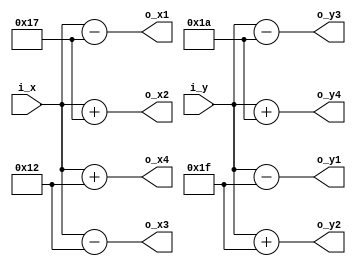
/*
   This file was generated automatically by the Mojo IDE version B1.3.6.
   Do not edit this file directly. Instead edit the original Lucid source.
   This is a temporary file and any changes made to it will be destroyed.
*/

/*
   Parameters:
     H_SIZE = 23
     V_SIZE = 31
     H2_SIZE = 18
     V2_SIZE = 26
     IX = 320
     IY = 240
     D_WIDTH = 640
     D_HEIGHT = 480
*/
module umovingsquare_56 (
    input [10:0] i_x,
    input [10:0] i_y,
    output reg [10:0] o_x1,
    output reg [10:0] o_x2,
    output reg [10:0] o_y1,
    output reg [10:0] o_y2,
    output reg [10:0] o_x3,
    output reg [10:0] o_x4,
    output reg [10:0] o_y3,
    output reg [10:0] o_y4
  );
  
  localparam H_SIZE = 5'h17;
  localparam V_SIZE = 5'h1f;
  localparam H2_SIZE = 5'h12;
  localparam V2_SIZE = 5'h1a;
  localparam IX = 9'h140;
  localparam IY = 8'hf0;
  localparam D_WIDTH = 10'h280;
  localparam D_HEIGHT = 9'h1e0;
  
  
  reg [10:0] x;
  
  reg [10:0] y;
  
  always @* begin
    x = i_x;
    y = i_y;
    o_x1 = x - 5'h17;
    o_x2 = x + 5'h17;
    o_y1 = y - 5'h1f;
    o_y2 = y + 5'h1f;
    o_x3 = x - 5'h12;
    o_x4 = x + 5'h12;
    o_y3 = y - 5'h1a;
    o_y4 = y + 5'h1a;
  end
endmodule